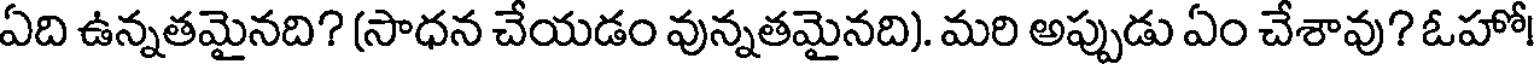
ఏది ఉన్నతమైనది? (సాధన చేయడం వున్నతమైనది). మరి అప్పుడు ఏం చేశావు? ఓహో